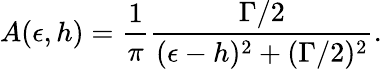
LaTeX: A(\epsilon,h)=\frac{1}{\pi}\frac{\Gamma/2}{(\epsilon-h)^{2}+(\Gamma/2)^{2}}.